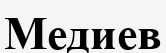
Медиев